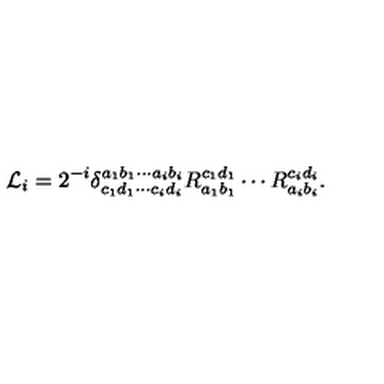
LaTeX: { \cal L } _ { i } = 2 ^ { - i } \delta _ { c _ { 1 } d _ { 1 } \cdots c _ { i } d _ { i } } ^ { a _ { 1 } b _ { 1 } \cdots a _ { i } b _ { i } } R _ { a _ { 1 } b _ { 1 } } ^ { c _ { 1 } d _ { 1 } } \cdots R _ { a _ { i } b _ { i } } ^ { c _ { i } d _ { i } } .